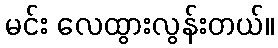
မင်း လေထွားလွန်းတယ်။